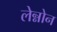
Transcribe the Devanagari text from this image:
लेन्नोन